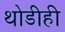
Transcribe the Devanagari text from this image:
थोडीही